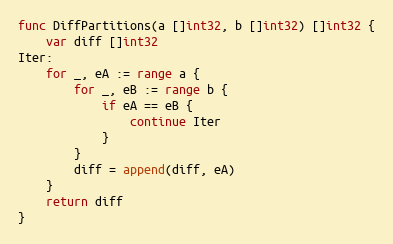
Language: Go
func DiffPartitions(a []int32, b []int32) []int32 {
	var diff []int32
Iter:
	for _, eA := range a {
		for _, eB := range b {
			if eA == eB {
				continue Iter
			}
		}
		diff = append(diff, eA)
	}
	return diff
}